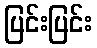
ပြင်းပြင်း